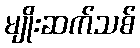
မျိုးဆက်သစ်